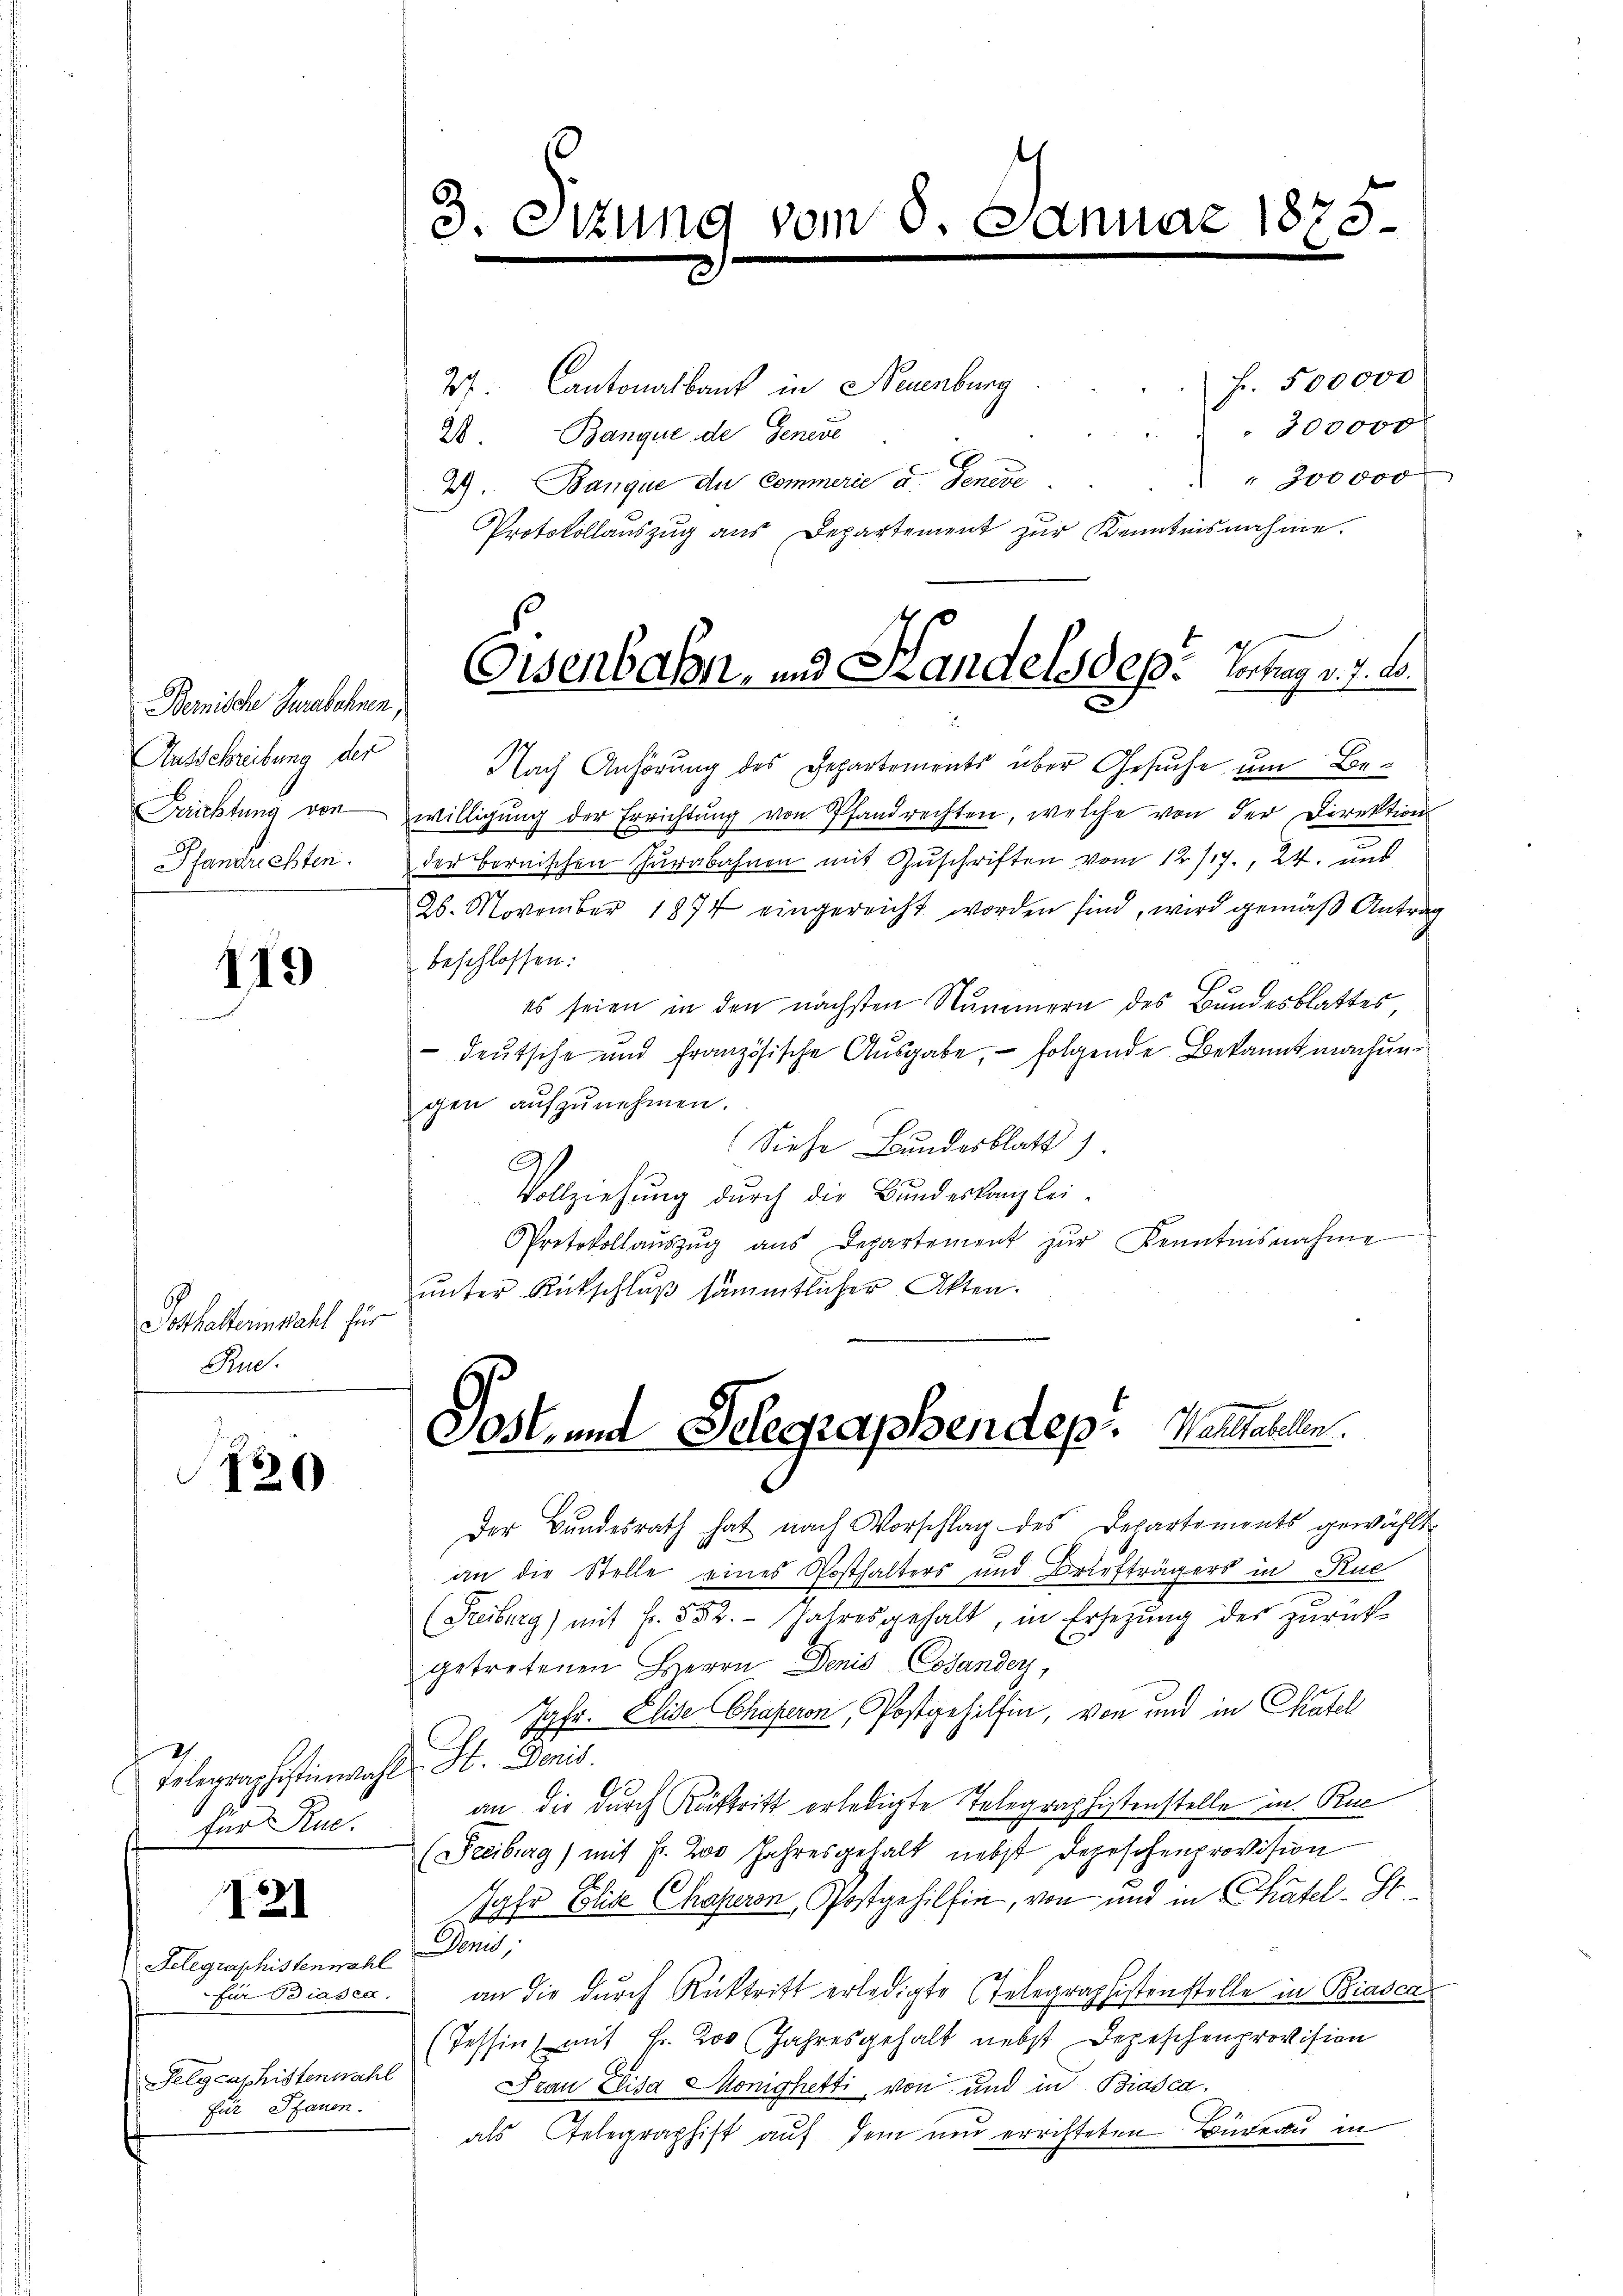
Bemische Juraschnen,
Ausschreibung der
Frichtung von
Pfandrechten.

119

Poshalterin wahl für
Rue.

20

Telegraphistinenwahl. St. Donis.
für Rue.

121

Selegraphistenwahl Denis,
Selycaphistenwahl
für Pfauen.

3. Ottung vom 8. Ed.

Fr. 500000
2. Cantonalbaut in Neuenburg
200000
28. Banque de Genere
 " 300000
4). Banque du Commerie u. Geneve
Protokollauszug aus Departement zur Kenntnisnahme.
Nach Anhörung des Departements über Gesuche um Bewilligŭng der Errichtŭng von Pfandrechten, welche von der Direktion
der bornischen Curabahnen mit Zŭschriften vom 12./17., 24. und
26. November 1874 eingereicht worden sind, wird gemäß Antrag
beschlossen:
es seien in den nächsten Nummern des Bundesblattes,
 deutsche und französische Aŭsgabe, folgende Bekannt machung
gen aŭfzŭnehmen.
Siehe Bundesblatt)
Vollziehung durch die Bundeskanzlei-
Protokollaŭszŭg ans Departement zŭr Kenntnisnahme
ŭnter Rückschlŭβ sämmtlicher Akten.

nuar 1875.

e
Eisenbahn, und Standels des Vortrag v. J. B.

Sost- und Gelegraphendep. Weitabellen.

Der Bundesrath hat nach Vorschlag des Departements gewählt.
an die Stelle eines Posthalters und Briefträgers in Ruc
(Freiburg) mit Fr. 552. Jahresgehalt, in Ersetzung des zurück-
getretenen Herrn Denis Cosander,
Jgfr. Elise Chaperon, Postgehilfen, von und in Chatel
an, die durch Küstritt erledigte Telegraphistenstelle in Ruc
(Freiburg) mit Fr. 20 Jahresgehalt nebst Depeschenprovision
Jahr Elise Chaperon, Postgehilfin, von und in Chatel-St
für Biasca. an die durch Rücktritt erledigte Telegraphistenstelle in Biasca
(Tessin, mit Fr. 2oo (Jahresgehalt nebst Depeschenprovision
Frau Elisa  Könighetti, von und in Biasca
als Telegraphist auf dem neu errichteten Büreau in